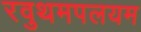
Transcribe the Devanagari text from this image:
रवुथमपलयम